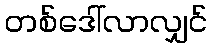
တစ်ဒေါ်လာလျှင်